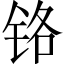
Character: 铬